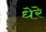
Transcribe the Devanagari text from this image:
धेरे